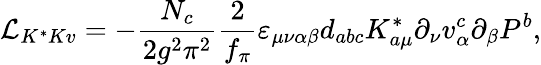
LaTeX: {\cal L}_{K^{*}Kv}=-\frac{N_{c}}{2g^{2}\pi^{2}}{\frac{2}{f_{\pi}}}\varepsilon_{\mu\nu\alpha\beta}d_{abc}K_{a\mu}^{*}\partial_{\nu}v_{\alpha}^{c}\partial_{\beta}P^{b},